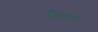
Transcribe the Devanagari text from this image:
फ्रैंस्को